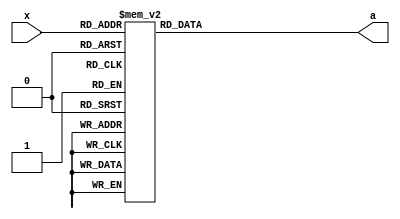
module bcd_7_seg(input [3:0]x, output reg [0:6]a);

 always @(x)

	case(x)
		0:a=7'b1000000;
		1:a=7'b1001111;
		2:a=7'b0100100;
		3:a=7'b0110000;
		4:a=7'b0011001;
		5:a=7'b0010010;
		6:a=7'b0000010;
		7:a=7'b1111000;
		8:a=7'b0000000;
		9:a=7'b0010000;
		default:a=7'b1111111;
	 endcase
endmodule